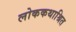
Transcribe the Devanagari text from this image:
लोककथाश्रित